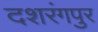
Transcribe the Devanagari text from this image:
दशरंगपुर